画像に写った文字を読んでください
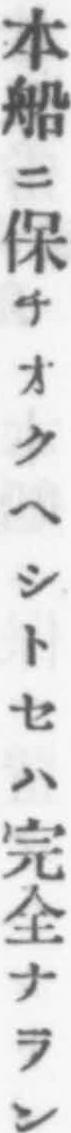
「本船ニ保チオクヘシトセハ完全ナラン」と書いてあります